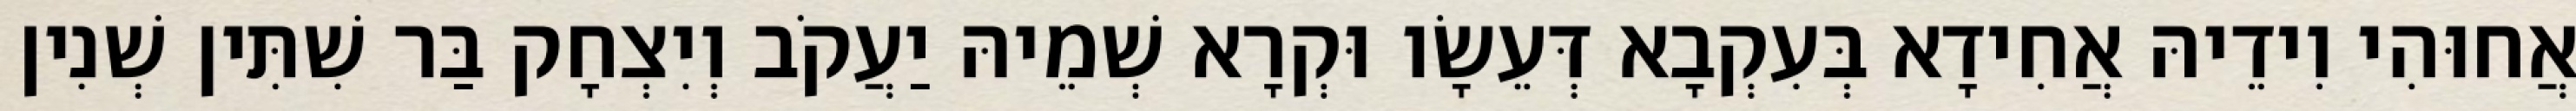
אֲחוּהִי וִידֵיהּ אֲחִידָא בְּעִקְבָא דְּעֵשָׂו וּקְרָא שְׁמֵיהּ יַעֲקֹב וְיִצְחָק בַּר שִׁתִּין שְׁנִין